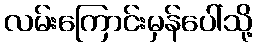
လမ်းကြောင်းမှန်ပေါ်သို့